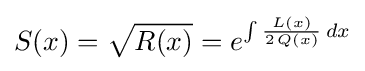
S(x)={\sqrt {R(x)}}=e^{\int {\frac {L(x)}{2\,Q(x)}}\,dx}